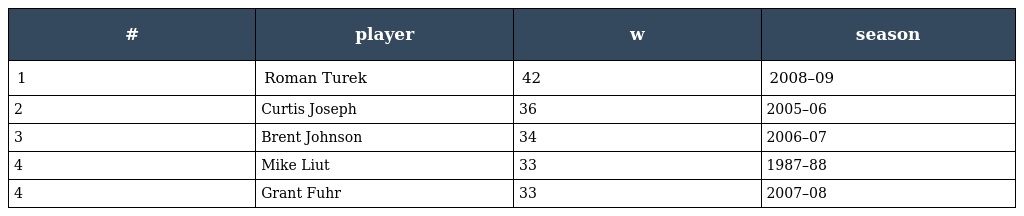
| # | player | w | season |
 | --- | --- | --- | --- |
 | 1 | Roman Turek | 42 | 2008–09 |
 | 2 | Curtis Joseph | 36 | 2005–06 |
 | 3 | Brent Johnson | 34 | 2006–07 |
 | 4 | Mike Liut | 33 | 1987–88 |
 | 4 | Grant Fuhr | 33 | 2007–08 |